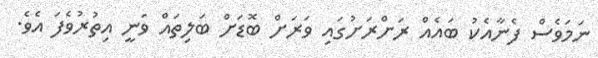
ނަމަވެސް ފެނާއެކު ބައެއް ރަށްރަށުގައި ވަރަށް ބޮޑަށް ބަލިތައް ވަނީ އިތުރުވެފަ އެވެ.